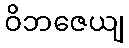
ဝိဘဇေယျ